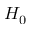
H _ { 0 }